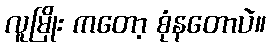
လူမြိုး ကတော့ စုံနတောပဲ။